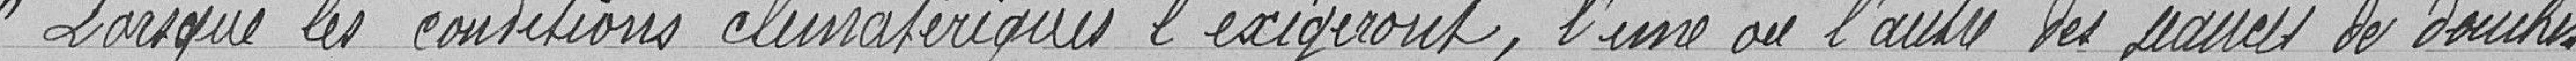
Lorsque les conditions climatériques l'exigeront, l'une ou l'autre des paires de douches